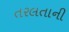
તરલતાની